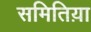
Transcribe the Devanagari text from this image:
समितिय़ा